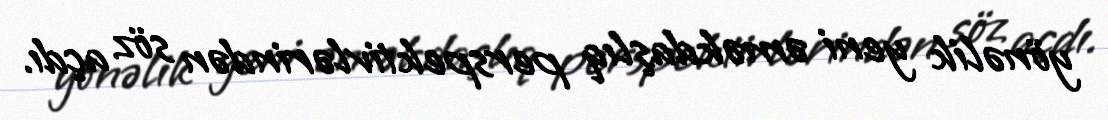
yönəlik yeni əməkdaşlıq perspektivlərindən söz açdı.